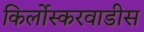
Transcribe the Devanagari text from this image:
किर्लोस्करवाडीस